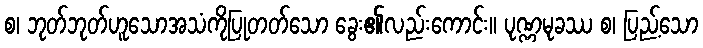
စ၊ ဘုတ်ဘုတ်ဟူသောအသံကိုပြုတတ်သော ခွေး၏လည်းကောင်း။ ပုဏ္ဏမုခဿ စ၊ ပြည့်သော